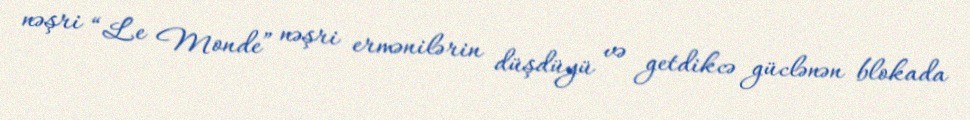
nəşri “Le Monde” nəşri ermənilərin düşdüyü və getdikcə güclənən blokada